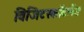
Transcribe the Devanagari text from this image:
विजिटस्कॉटलैंड